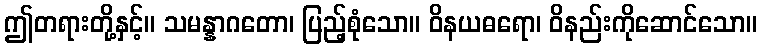
ဤတရားတို့နှင့်။ သမန္နာဂတော၊ ပြည့်စုံသော။ ဝိနယဓရော၊ ဝိနည်းကိုဆောင်သော။